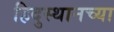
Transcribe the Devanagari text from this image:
हिदुस्थानच्या